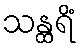
သန္ထရိံ